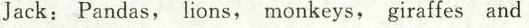
Jack:Pandas, lions, monkeys, giraffes and